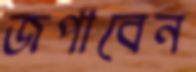
জপাবেন